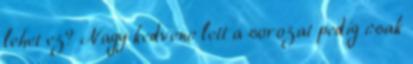
lehet ez? Nagy kedvenc lett a sorozat pedig csak